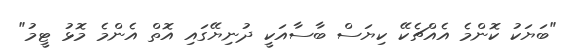
"ބަޔަކު ކޮންމެ އެއްޗެކޭ ކިޔަސް ބާސާއަކީ ދުނިޔޭގައި އޮތް އެންމެ މޮޅު ޓީމު"